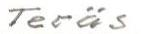
Teräs